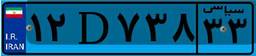
۳۴D۲۸۸۱۳